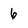
Character: 6